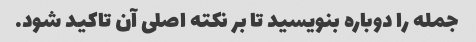
جمله را دوباره بنویسید تا بر نکته اصلی آن تاکید شود.